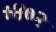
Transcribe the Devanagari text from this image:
०४०२